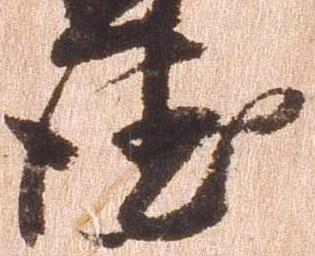
徳